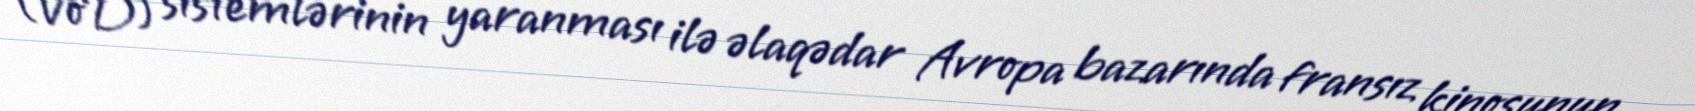
(VoD) sistemlərinin yaranması ilə əlaqədar Avropa bazarında fransız kinosunun